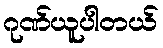
ဂုဏ်ယူပါတယ်